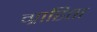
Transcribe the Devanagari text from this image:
ग्राहिता